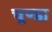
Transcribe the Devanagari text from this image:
चूण्डा